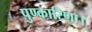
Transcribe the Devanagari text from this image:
पुण्कारिणा।